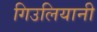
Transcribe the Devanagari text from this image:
गिउलियानी